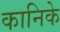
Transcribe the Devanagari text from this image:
कानिके